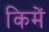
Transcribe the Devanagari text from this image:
किमें